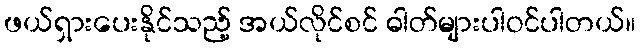
ဖယ်ရှားပေးနိုင်သည့် အယ်လိုင်စင် ဓါတ်များပါဝင်ပါတယ်။